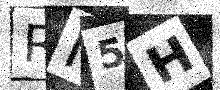
Text: RI5H